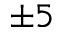
\pm 5